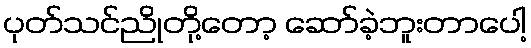
ပုတ်သင်ညိုတို့တော့ ဆော်ခဲ့ဘူးတာပေါ့